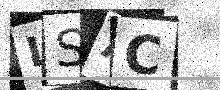
Text: LSAC